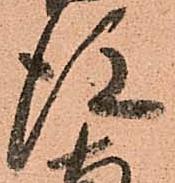
後